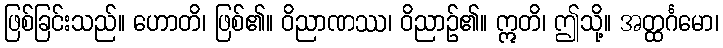
ဖြစ်ခြင်းသည်။ ဟောတိ၊ ဖြစ်၏။ ဝိညာဏဿ၊ ဝိညာဉ်၏။ ဣတိ၊ ဤသို့။ အတ္ထင်္ဂမော၊